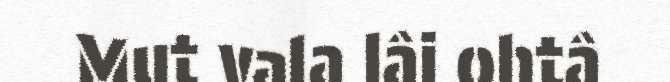
Mut vala lâi ohtâ